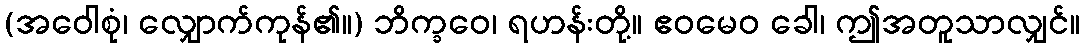
(အဝေါစုံ၊ လျှောက်ကုန်၏။) ဘိက္ခဝေ၊ ရဟန်းတို့။ ဧဝမေဝ ခေါ၊ ဤအတူသာလျှင်။